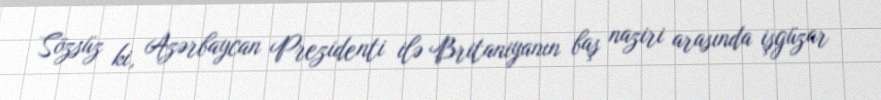
Sözsüz ki, Azərbaycan Prezidenti ilə Britaniyanın baş naziri arasında işgüzar